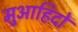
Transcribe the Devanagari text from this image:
मुआहिदों